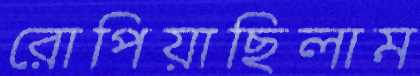
রোপিয়াছিলাম